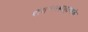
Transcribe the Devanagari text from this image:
शतपथब्राह्मणके